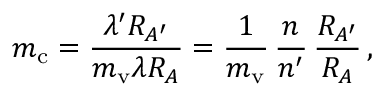
m _ { \mathrm { c } } = { \frac { \lambda ^ { \prime } R _ { A ^ { \prime } } } { m _ { \mathrm { v } } \lambda R _ { A } } } = { \frac { 1 } { m _ { \mathrm { v } } } } \, { \frac { n } { n ^ { \prime } } } \, { \frac { R _ { A ^ { \prime } } } { R _ { A } } } \, ,